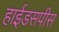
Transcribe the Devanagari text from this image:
हाईडसपीस